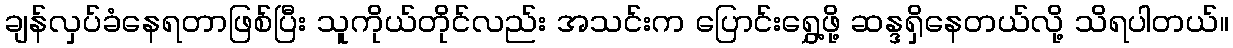
ချန်လှပ်ခံနေရတာဖြစ်ပြီး သူကိုယ်တိုင်လည်း အသင်းက ပြောင်းရွှေ့ဖို့ ဆန္ဒရှိနေတယ်လို့ သိရပါတယ်။